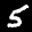
Label: 5